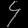
Digit: ၄